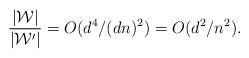
LaTeX: \begin{align*}\frac{|{\mathcal W}|}{|{\mathcal W'}|}=O(d^4/(dn)^2)=O(d^2/n^2).\end{align*}